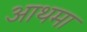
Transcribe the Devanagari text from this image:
आथमा